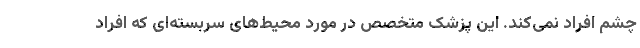
چشم افراد نمی‌کند. این پزشک متخصص در مورد محیط‌های سربسته‌ای که افراد